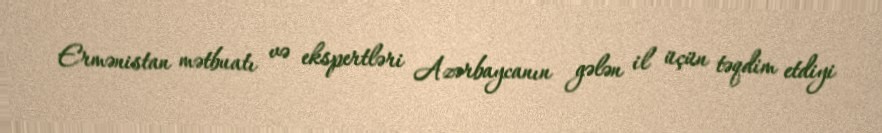
Ermənistan mətbuatı və ekspertləri Azərbaycanın gələn il üçün təqdim etdiyi